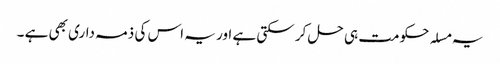
یہ مسلہ حکومت ہی حل کر سکتی ہے اور یہ اس کی ذمہ داری بھی ہے ۔